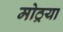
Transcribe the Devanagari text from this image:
मोठ्रया